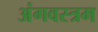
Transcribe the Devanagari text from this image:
अंगवस्त्रम